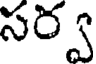
సర్వ